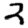
Digit: 2